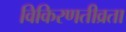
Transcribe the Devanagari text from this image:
विकिरणतीव्रता